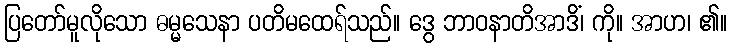
ပြတော်မူလိုသော ဓမ္မသေနာ ပတိမထေရ်သည်။ ဒွေ ဘာဝနာတိအာဒိံ၊ ကို။ အာဟ၊ ၏။